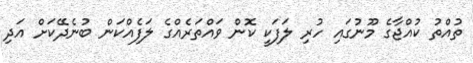
ތުއްތު ކުއްޖާގެ މޫނުގައި ހުރި ލަފަކީ ކޮން ވައްތަރެއްގެ ލަފެއްކަން ބުނެދޭކަށް އަދި